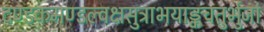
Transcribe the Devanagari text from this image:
दण्डकमण्डल्वक्षसुत्राभयाङ्कचतुर्भुजां